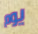
يوم